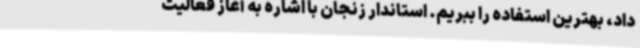
داد، بهترین استفاده را ببریم. استاندار زنجان با اشاره به آغاز فعالیت